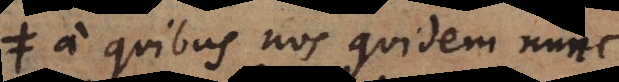
a quibus nos quidem nunc